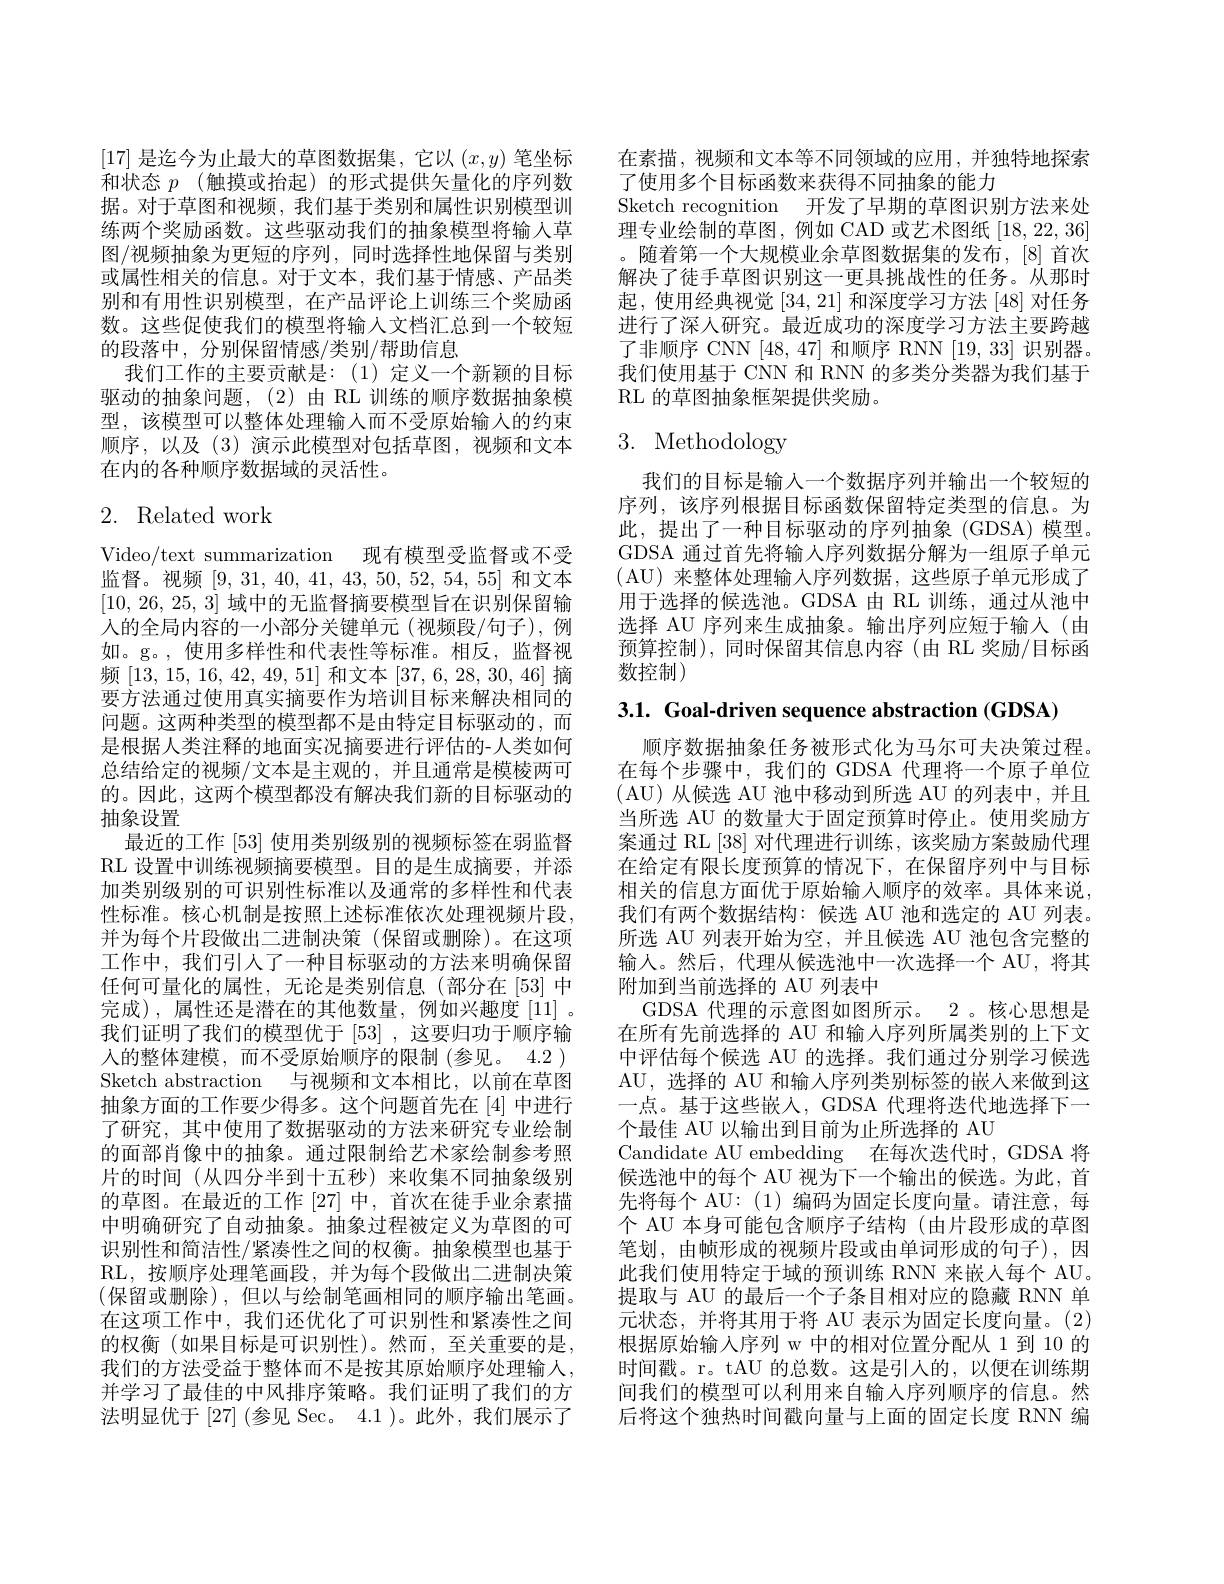
[17]是迄今为止最大的草图数据集，它以$(x,y)$笔坐标和状态$p$ (触摸或抬起)的形式提供矢量化的序列数据。对于草图和视频，我们基于类别和属性识别模型训练两个奖励函数。这些驱动我们的抽象模型将输入草图/视频抽象为更短的序列，同时选择性地保留与类别或属性相关的信息。对于文本，我们基于情感、产品类别和有用性识别模型，在产品评论上训练三个奖励函数。这些促使我们的模型将输入文档汇总到一个较短的段落中，分别保留情感/类别/帮助信息
我们工作的主要贡献是：(1)定义一个新颖的目标驱动的抽象问题，(2)由 RL 训练的顺序数据抽象模型，该模型可以整体处理输入而不受原始输人的约束顺序，以及(3)演示此模型对包括草图，视频和文本在内的各种顺序数据域的灵活性。

# 2. Related work

Video/text summarization 现有模型受监督或不受监督。视频[9,31,40,41,43,50,52,54,55]和文本[10,26,25,3]域中的无监督摘要模型旨在识别保留输人的全局内容的一小部分关键单元(视频段/句子),例如。g。,使用多样性和代表性等标准。相反，监督视频[13,15,16,42,49,51]和文本[37,6,28,30,46]摘要方法通过使用真实摘要作为培训目标来解决相同的问题。这两种类型的模型都不是由特定目标驱动的，而是根据人类注释的地面实况摘要进行评估的-人类如何总结给定的视频/文本是主观的，并且通常是模棱两可的。因此，这两个模型都没有解决我们新的目标驱动的抽象设置
最近的工作 [53] 使用类别级别的视频标签在弱监督RL 设置中训练视频摘要模型。目的是生成摘要，并添加类别级别的可识别性标准以及通常的多样性和代表性标准。核心机制是按照上述标准依次处理视频片段。并为每个片段做出二进制决策(保留或删除)。在这项工作中，我们引人了一种目标驱动的方法来明确保留任何可量化的属性，无论是类别信息(部分在[53]中完成),属性还是潜在的其他数量，例如兴趣度[11]。我们证明了我们的模型优于[53],这要归功于顺序输入的整体建模，而不受原始顺序的限制 (参见。4.2 ) Sketch abstraction 与视频和文本相比，以前在草图抽象方面的工作要少得多。这个问题首先在[4]中进行了研究，其中使用了数据驱动的方法来研究专业绘制的面部肖像中的抽象。通过限制给艺术家绘制参考照片的时间(从四分半到十五秒)来收集不同抽象级别的草图。在最近的工作 [27] 中，首次在徒手业余素描中明确研究了自动抽象。抽象过程被定义为草图的可识别性和简洁性/紧凑性之间的权衡。抽象模型也基于RL,按顺序处理笔画段，并为每个段做出二进制决策(保留或删除),但以与绘制笔画相同的顺序输出笔画。在这项工作中，我们还优化了可识别性和紧凑性之间的权衡(如果目标是可识别性)。然而，至关重要的是， 我们的方法受益于整体而不是按其原始顺序处理输人， 并学习了最佳的中风排序策略。我们证明了我们的方法明显优于 [27] (参见 Sec。4.1 )。此外，我们展示了

在素描，视频和文本等不同领域的应用，并独特地探索
了使用多个目标函数来获得不同抽象的能力
Sketch recognition 开发了早期的草图识别方法来处理专业绘制的草图，例如 CAD 或艺术图纸[18,22,36] 。随着第一个大规模业余草图数据集的发布，[8] 首次解决了徒手草图识别这一更具挑战性的任务。从那时起，使用经典视觉[34,21]和深度学习方法 [48] 对任务进行了深人研究。最近成功的深度学习方法主要跨越了非顺序 CNN [48,47]和顺序 RNN [19,33]识别器。我们使用基于 CNN 和 RNN 的多类分类器为我们基于RL 的草图抽象框架提供奖励。

# 3. Methodology

我们的目标是输入一个数据序列并输出一个较短的序列，该序列根据目标函数保留特定类型的信息。为此，提出了一种目标驱动的序列抽象(GDSA)模型。GDSA 通过首先将输人序列数据分解为一组原子单元( AU) 来整体处理输入序列数据，这些原子单元形成了用于选择的候选池。GDSA 由 RL 训练，通过从池中选择 AU 序列来生成抽象。输出序列应短于输入(由预算控制),同时保留其信息内容(由 RL 奖励/目标函数控制)

3.1. Goal-driven sequence abstraction (GDSA)

顺序数据抽象任务被形式化为马尔可夫决策过程。在每个步骤中，我们的 GDSA 代理将一个原子单位( AU)从候选 AU 池中移动到所选 AU 的列表中，并且当所选 AU 的数量大于固定预算时停止。使用奖励方案通过 RL[38] 对代理进行训练，该奖励方案鼓励代理在给定有限长度预算的情况下，在保留序列中与目标相关的信息方面优于原始输入顺序的效率。具体来说， 我们有两个数据结构：候选 AU 池和选定的 AU 列表。所选 AU 列表开始为空，并且候选 AU 池包含完整的输入。然后，代理从候选池中一次选择一个 AU, 将其附加到当前选择的 AU 列表中
GDSA 代理的示意图如图所示。2 。核心思想是在所有先前选择的 AU 和输人序列所属类别的上下文中评估每个候选 AU 的选择。我们通过分别学习候选AU,选择的 AU 和输人序列类别标签的嵌入来做到这一点。基干汶些嵌入，GDSA 代理将洪代地洗择下一个最佳 AU 以输出到目前为止所选择的 AU
Candidate AU embedding 在每次迭代时，GDSA 将候选池中的每个 AU 视为下一个输出的候选。为此，首先将每个 AU:(1)编码为固定长度向量。请注意，每个 AU 本身可能包含顺序子结构 (由片段形成的草图笔划，由帧形成的视频片段或由单词形成的句子),因此我们使用特定于域的预训练 RNN 来嵌人每个 AU。提取与 AU 的最后一个子条目相对应的隐藏 RNN 单元状态，并将其用于将 AU 表示为固定长度向量。(2) 根据原始输入序列 w 中的相对位置分配从 1 到 10 的时间戳。r。tAU 的总数。这是引人的，以便在训练期间我们的模型可以利用来自输入序列顺序的信息。然后将这个独热时间戳向量与上面的固定长度 RNN 编